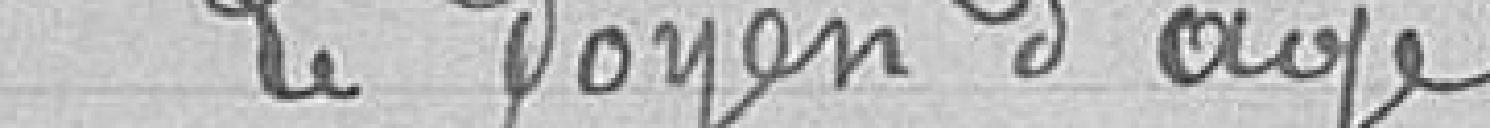
Le doyen d'âge